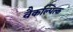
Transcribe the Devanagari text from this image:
वैकल्पित्क